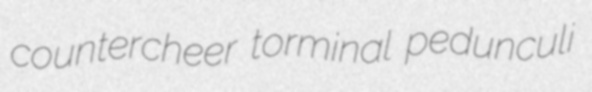
countercheer torminal pedunculi